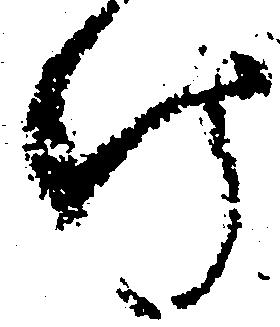
け